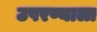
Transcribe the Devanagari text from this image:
उपरण्याला